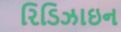
રિડિઝાઇન